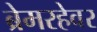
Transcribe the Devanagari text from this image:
ब्रेमरहेवर